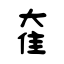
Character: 奞